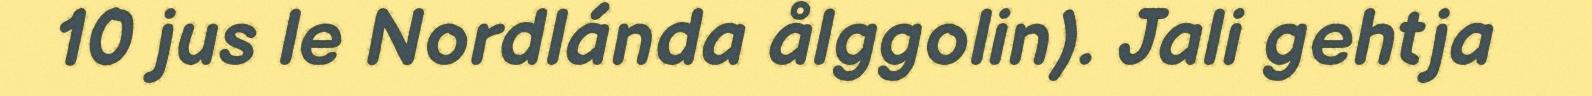
10 jus le Nordlánda ålggolin). Jali gehtja